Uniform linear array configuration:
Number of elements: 12
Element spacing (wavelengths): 1
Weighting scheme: hamming
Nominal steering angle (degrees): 15
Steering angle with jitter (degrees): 16.342
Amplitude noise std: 0.05
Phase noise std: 0.05

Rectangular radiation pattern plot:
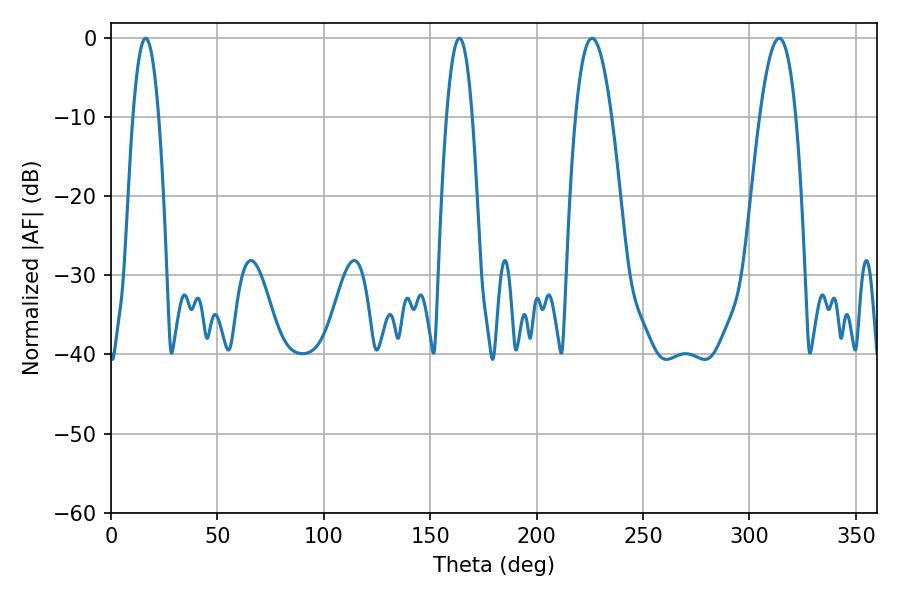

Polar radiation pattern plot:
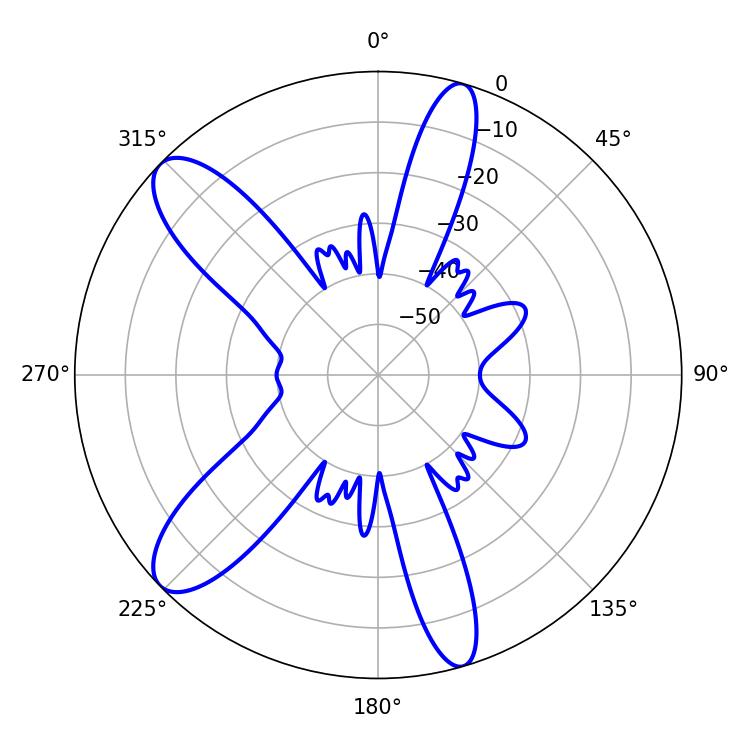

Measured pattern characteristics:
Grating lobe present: TRUE
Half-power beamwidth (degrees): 9.36
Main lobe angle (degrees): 226.08